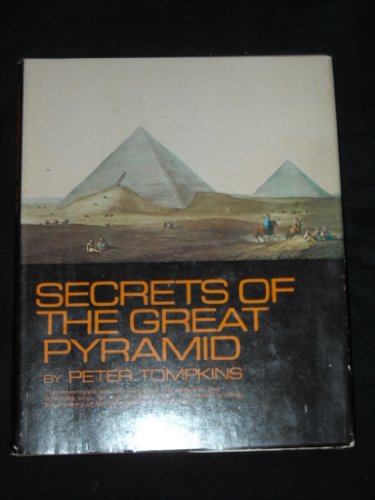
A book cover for Secrets of the Great Pyramid; Peter Tompkins; Travel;